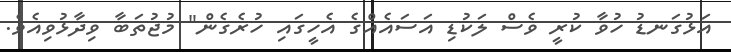
އަޅުގަނޑު ހުވާ ކުރީ ވެސް ލަކުޑި އަސައެއްގެ އެހީގައި ހުރެގެން" މުޖުތަބާ ވިދާޅުވިއެވެ.